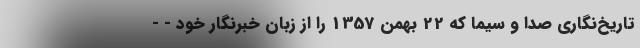
تاریخ‌نگاری صدا و سیما که 22 بهمن 1357 را از زبان خبرنگار خود - -